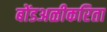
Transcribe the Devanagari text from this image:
बोंडअळीकरिता